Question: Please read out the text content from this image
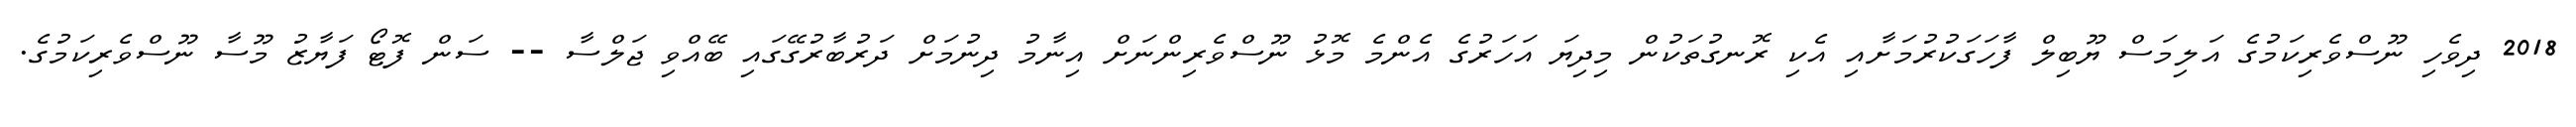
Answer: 2018 ދިވެހި ނޫސްވެރިކަމުގެ އަލިމަސް ޔޫބިލް ފާހަގަކުރުމަށާއި އެކި ރޮނގުތަކުން މިދިޔަ އަހަރުގެ އެންމެ މޮޅު ނޫސްވެރިންނަށް އިނާމު ދިނުމަށް ދަރުބާރުގޭގައި ބޭއްވި ޖަލްސާ -- ސަން ފޮޓޯ ފަޔާޒު މޫސާ ނޫސްވެރިކަމުގެ.